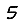
Digit: 5